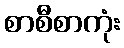
စာစီစာကုံး